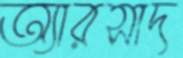
অ্যারসাদ